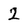
Character: 2